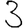
Digit: 3